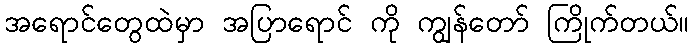
အရောင်တွေထဲမှာ အပြာရောင် ကို ကျွန်တော် ကြိုက်တယ်။